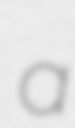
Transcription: a